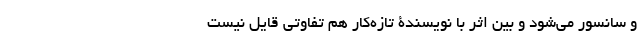
و سانسور می‌شود و بین اثر با نویسندۀ تازه‌کار هم تفاوتی قایل نیست